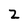
Character: 2